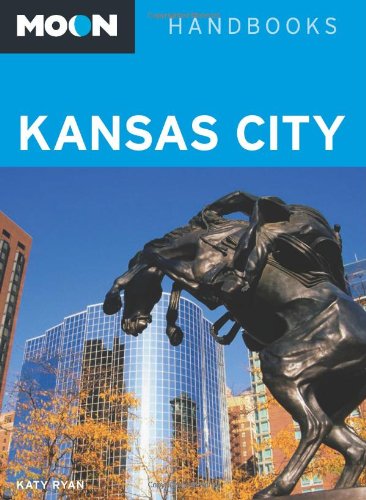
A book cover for Moon Kansas City (Moon Handbooks); Katy Ryan; Travel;